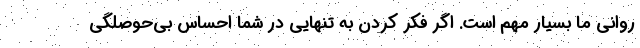
روانی ما بسیار مهم است. اگر فکر کردن به تنهایی در شما احساس بی‌حوصلگی